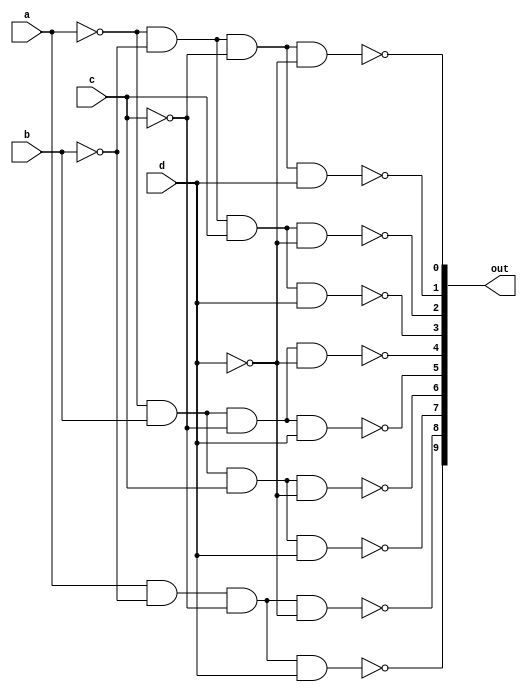
module u7442(
    input a,
    input b,
    input c,
    input d,
    output [9:0] out);

    assign out[0] = ~((~a)&(~b)&(~c)&(~d)); // 0000
    assign out[1] = ~((~a)&(~b)&(~c)&( d)); // 0001
    assign out[2] = ~((~a)&(~b)&( c)&(~d)); // 0010
    assign out[3] = ~((~a)&(~b)&( c)&( d)); // 0011
    assign out[4] = ~((~a)&( b)&(~c)&(~d)); // 0100
    assign out[5] = ~((~a)&( b)&(~c)&( d)); // 0101
    assign out[6] = ~((~a)&( b)&( c)&(~d)); // 0110
    assign out[7] = ~((~a)&( b)&( c)&( d)); // 0111
    assign out[8] = ~(( a)&(~b)&(~c)&(~d)); // 1000
    assign out[9] = ~(( a)&(~b)&(~c)&( d)); // 1001

endmodule